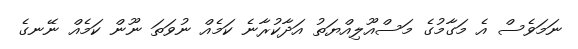
ނަމަވެސް އެ މަގާމުގެ މަސްއޫލިއްޔަތު އަދާކުރާނެ ކަމެއް ނުވަތަ ނޫން ކަމެއް ނޭނގެ